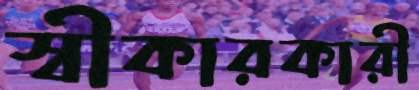
স্বীকারকারী